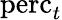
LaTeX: \textrm{perc}_{t}